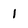
Character: 1